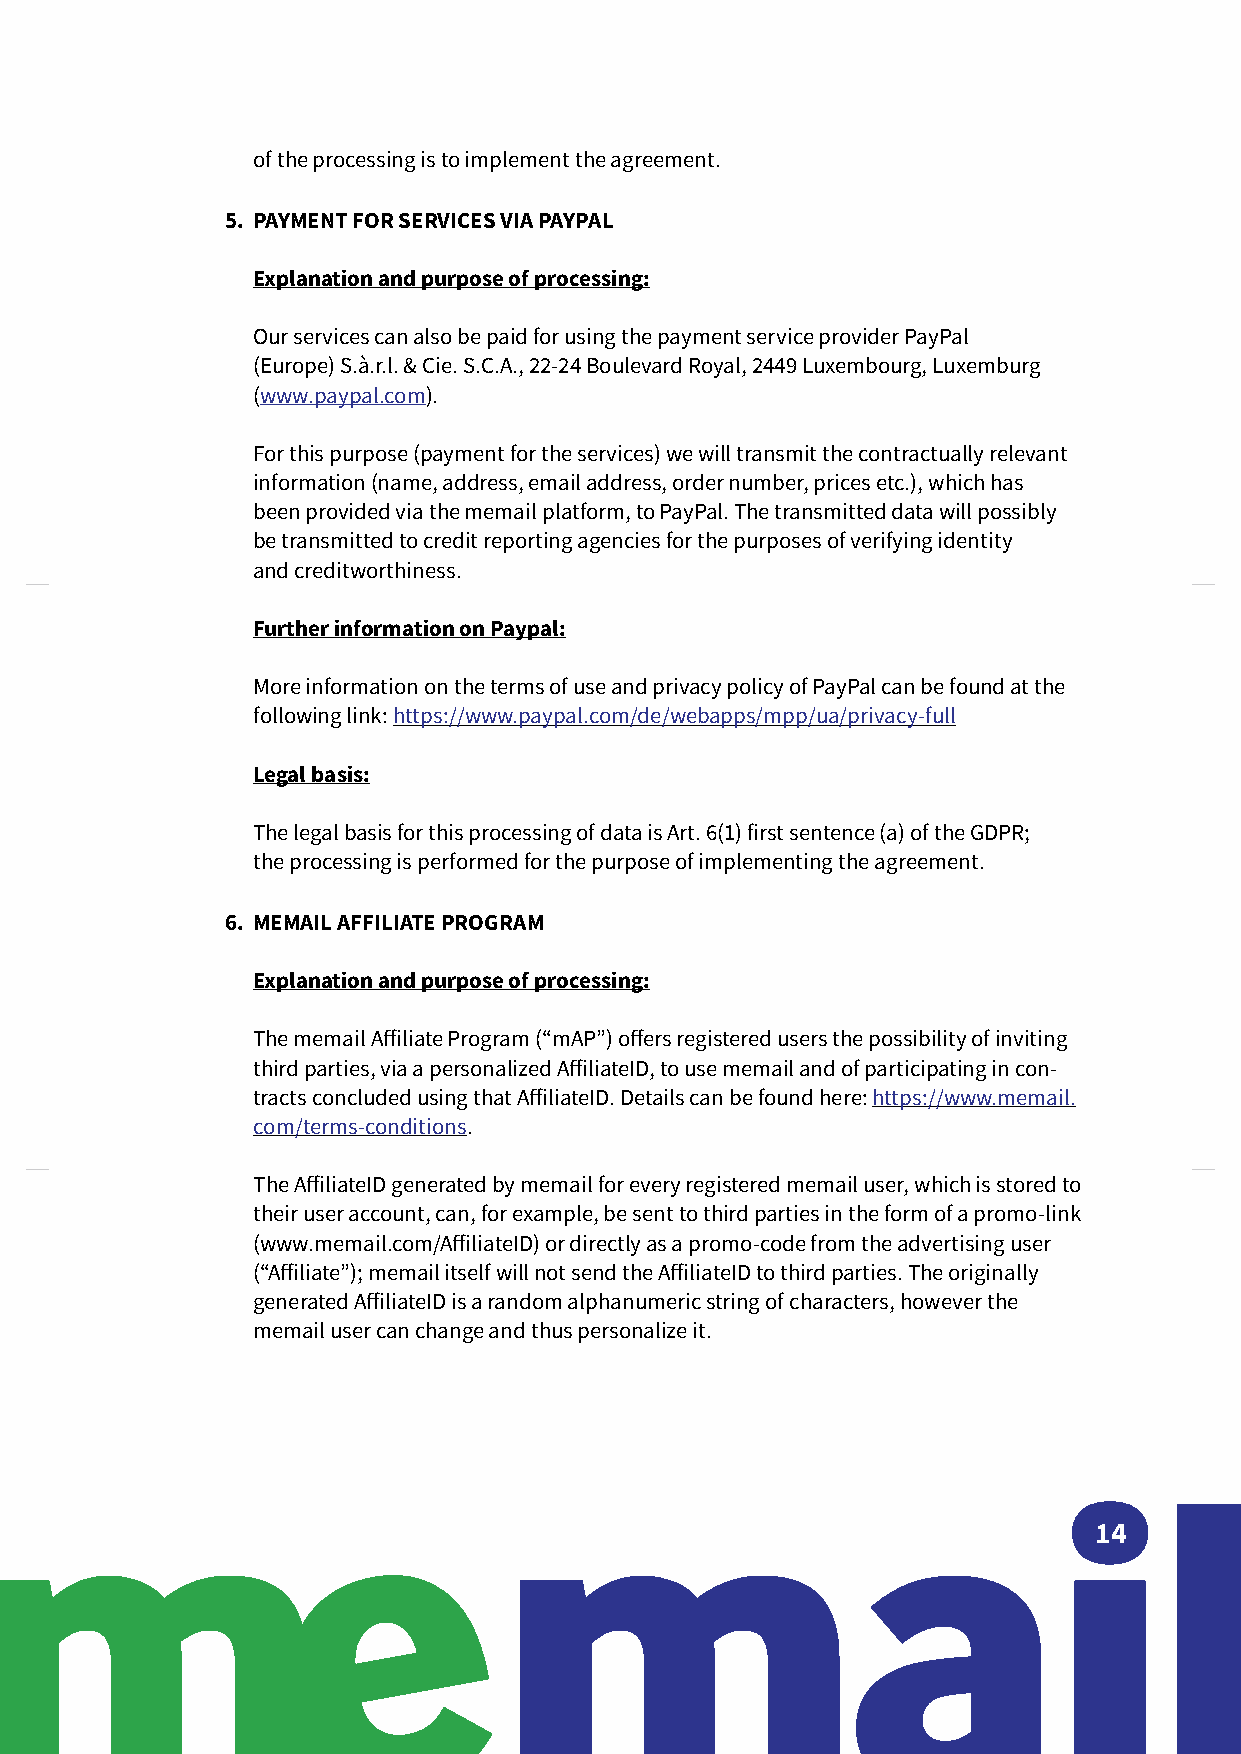
of the processing is to implement the agreement.
 5. PAYMENT FOR SERVICES VIA PAYPAL
 Explanation and purpose of processing:
 Our services can also be paid for using the payment service provider PayPal
 (Europe) S.à.r.l. & Cie. S.C.A., 22-24 Boulevard Royal, 2449 Luxembourg, Luxemburg
 (www.paypal.com).
 For this purpose (payment for the services) we will transmit the contractually relevant
 information (name, address, email address, order number, prices etc.), which has
 been provided via the memail platform, to PayPal. The transmitted data will possibly
 be transmitted to credit reporting agencies for the purposes of verifying identity
 and creditworthiness.
 Further information on Paypal:
 More information on the terms of use and privacy policy of PayPal can be found at the
 following link: https://www.paypal.com/de/webapps/mpp/ua/privacy-full
 Legal basis:
 The legal basis for this processing of data is Art. 6(1) first sentence (a) of the GDPR;
 the processing is performed for the purpose of implementing the agreement.
 6. MEMAIL AFFILIATE PROGRAM
 Explanation and purpose of processing:
 The memail Affiliate Program (“mAP”) offers registered users the possibility of inviting
 third parties, via a personalized AffiliateID, to use memail and of participating in con-
 tracts concluded using that AffiliateID. Details can be found here: https://www.memail.
 com/terms-conditions.
 The AffiliateID generated by memail for every registered memail user, which is stored to
 their user account, can, for example, be sent to third parties in the form of a promo-link
 (www.memail.com/AffiliateID) or directly as a promo-code from the advertising user
 (“Affiliate”); memail itself will not send the AffiliateID to third parties. The originally
 generated AffiliateID is a random alphanumeric string of characters, however the
 memail user can change and thus personalize it.
 14